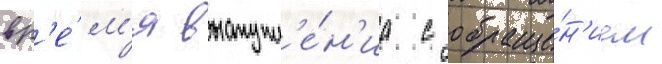
вр'е́м'я выступл'е́н'иа с обраще́н'ием